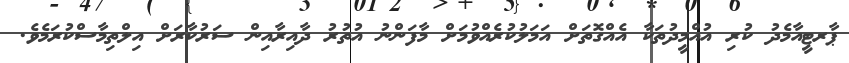
ޕާރޓީއާމެދު ކުރި އުއްމީދުތަކާ އެއްގޮތަށް އަމަލުކުރެއްވުމަށް މާފަންނު އުތުރު ދާއިރާއިން ސަރުކާރަށް އިލްތިމާސްކުރަމެވެ.